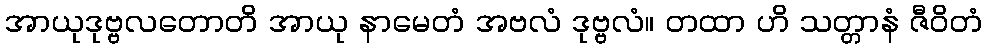
အာယုဒုဗ္ဗလတောတိ အာယု နာမေတံ အဗလံ ဒုဗ္ဗလံ။ တထာ ဟိ သတ္တာနံ ဇီဝိတံ